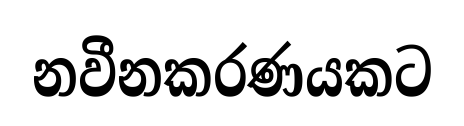
නවීනකරණයකට